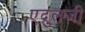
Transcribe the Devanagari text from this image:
एदुलजी